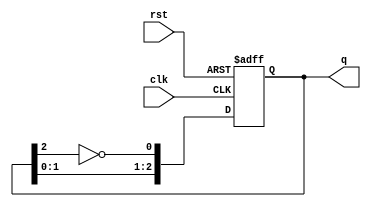
module johnson_counter (
    input wire clk,       // Clock signal
    input wire rst,       // Asynchronous reset
    output reg [2:0] q    // 3-bit output for the Johnson counter
);

// State transition logic for the Johnson counter
always @(posedge clk or posedge rst) begin
    if (rst) begin
        // Reset the counter to 000
        q <= 3'b000;
    end else begin
        // Johnson counter logic: Shift and feedback the inverted output
        q <= {q[1:0], ~q[2]};
    end
end

endmodule